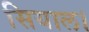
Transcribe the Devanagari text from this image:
सियाल।